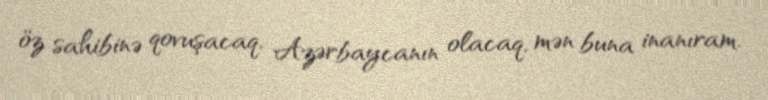
öz sahibinə qovuşacaq, Azərbaycanın olacaq, mən buna inanıram.